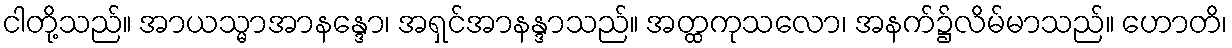
ငါတို့သည်။ အာယသ္မာအာနန္ဒော၊ အရှင်အာနန္ဒာသည်။ အတ္ထကုသလော၊ အနက်၌လိမ်မာသည်။ ဟောတိ၊